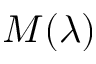
M ( \lambda )